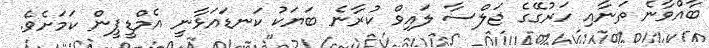
ބާއްވާނެ ތަނާއި ހަރުގޭގެ ޖަލްސާ ލައިވް ކުރާނެ ބަޔަކު ކަނޑައަޅާނީ އެމްޑީޕީން ކަމަށެވެ.